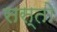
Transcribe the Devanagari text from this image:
सस्तो